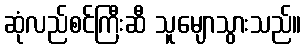
ဆုံလည်စင်ကြီးဆီ သူမျောသွားသည်။